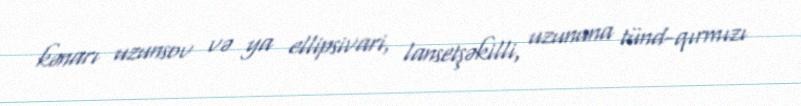
kənarı uzunsov və ya ellipsivari, lansetşəkilli, uzununa tünd-qırmızı